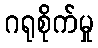
ဂရုစိုက်မှု